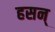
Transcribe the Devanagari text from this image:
हसन्